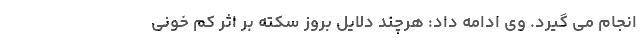
انجام می گیرد. وی ادامه داد: هرچند دلایل بروز سکته بر اثر کم خونی